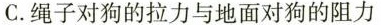
C.绳子对狗的拉力与地面对狗的阻力